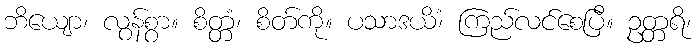
ဘိယျော၊ လွန်စွာ။ စိတ္တံ၊ စိတ်ကို။ ပသာဒယိံ၊ ကြည်လင်စေပြီ။ ဥတ္တရိ၊